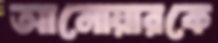
আনোয়ারকে